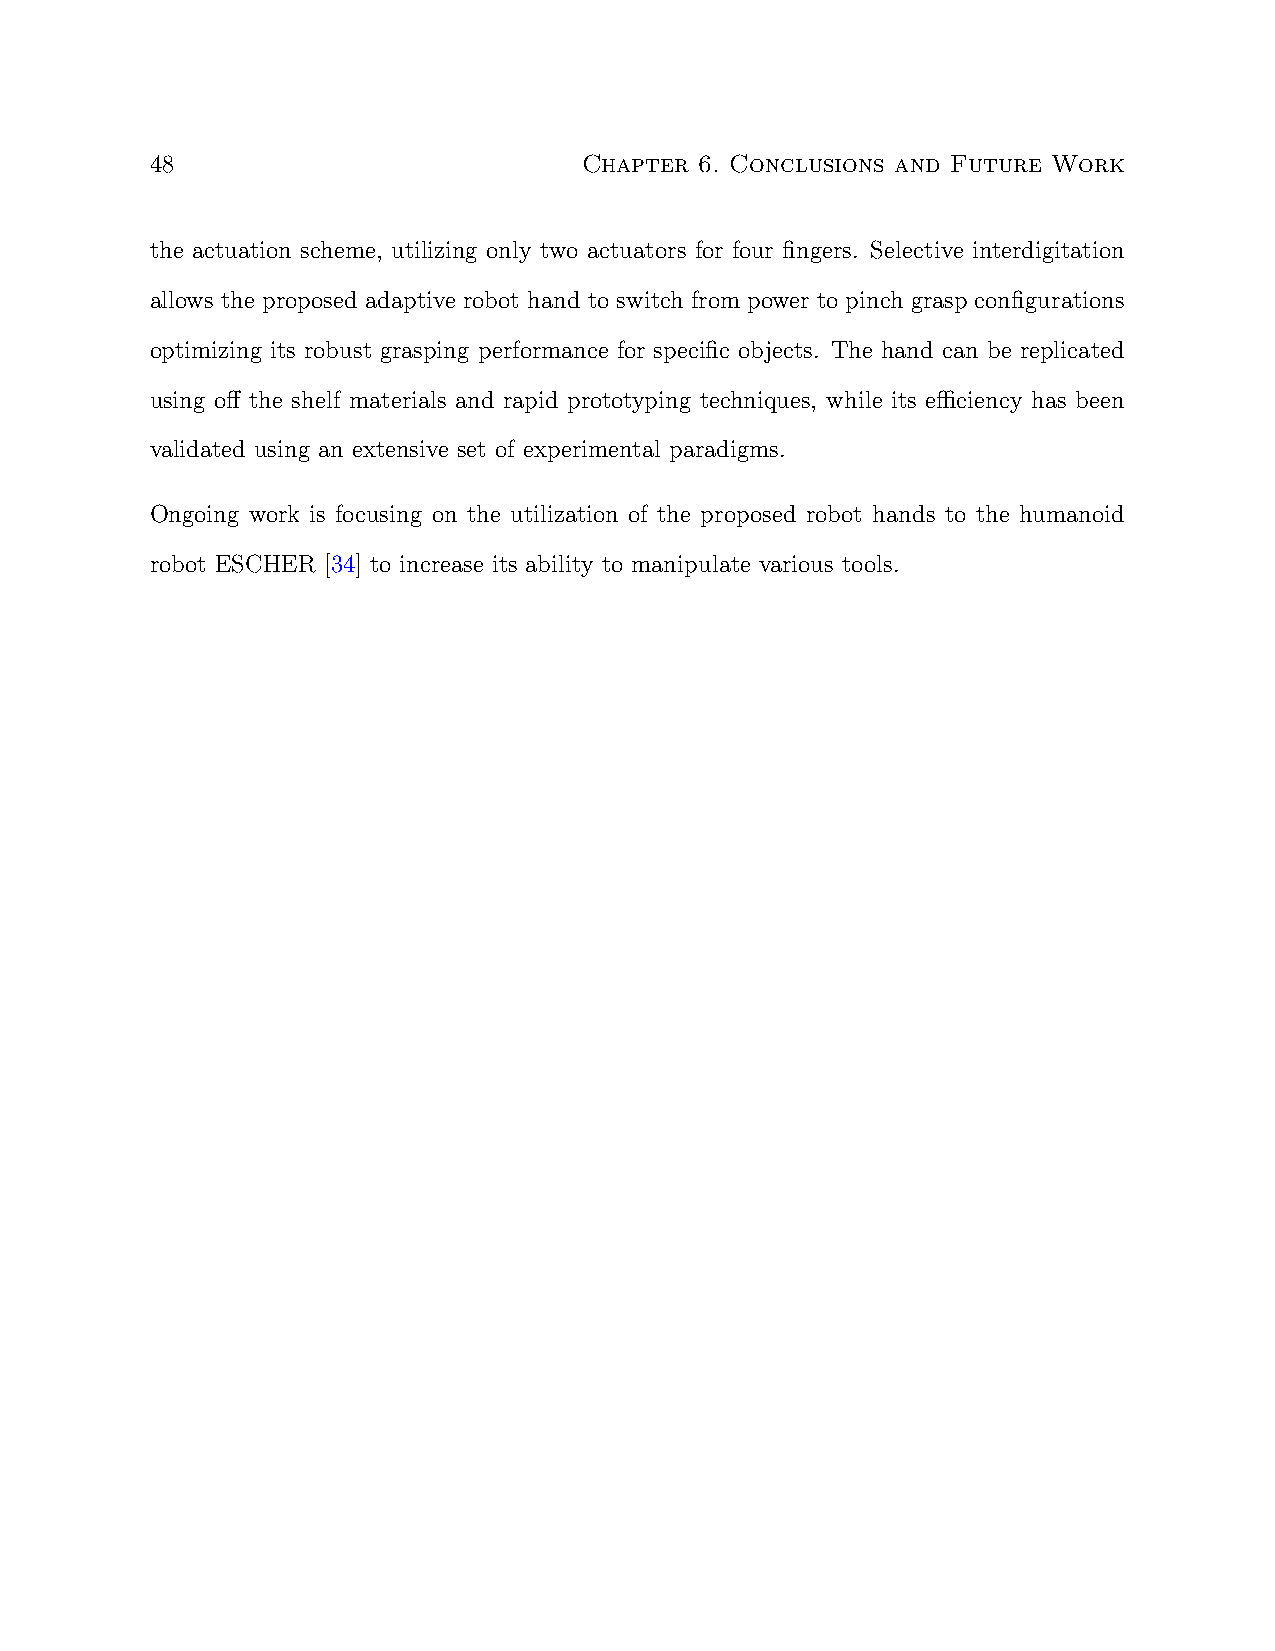
48                           Chapter 6. Conclusions and Future Work
 the actuation scheme, utilizing only two actuators for four fingers. Selective interdigitation
 allows the proposed adaptive robot hand to switch from power to pinch grasp configurations
 optimizing its robust grasping performance for specific objects. The hand can be replicated
 using off the shelf materials and rapid prototyping techniques, while its efficiency has been
 validated using an extensive set of experimental paradigms.
 Ongoing work is focusing on the utilization of the proposed robot hands to the humanoid
 robot ESCHER [34] to increase its ability to manipulate various tools.